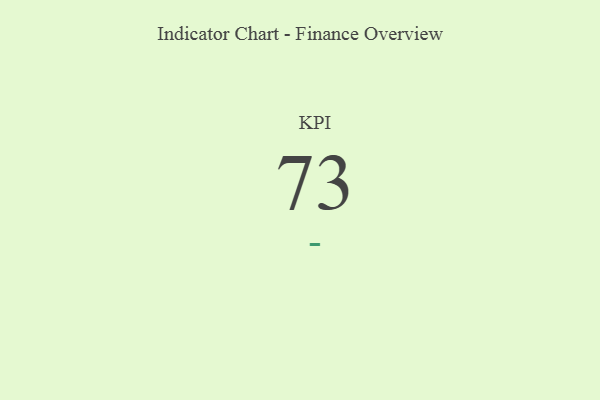
{"axis": {"x": "KPI", "y": "Value"}, "legend": [""], "data": [{"x": "KPI", "y": 73, "type": ""}]}